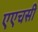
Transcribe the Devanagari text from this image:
एएचसी